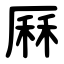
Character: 厤